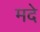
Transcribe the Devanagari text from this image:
मदे